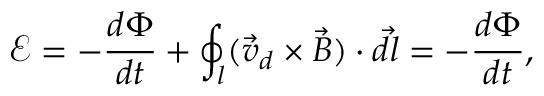
\mathcal E = - \frac { d \Phi } { d t } + \oint _ { l } ( \vec { v } _ { d } \times \vec { B } ) \cdot \vec { d } l = - \frac { d \Phi } { d t } ,